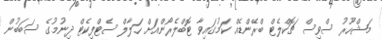
މަޝްހޫރު ސްވިސް ޗޮކްލެޓް ބްރޭންޑެއް ކަމުގައިވާ ޓޮބްލެރޯންއަށް ހަލާލް ސެޓްފިކެޓް ދިނުމުގެ ސަބަބުން